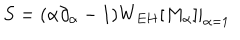
S = ( \alpha \partial _ { \alpha } - 1 ) W _ { E H } [ M _ { \alpha } ] | _ { \alpha = 1 } ~ ~